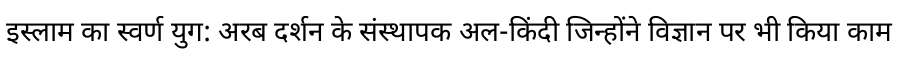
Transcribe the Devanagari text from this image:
इस्लाम का स्वर्ण युग: अरब दर्शन के संस्थापक अल-किंदी जिन्होंने विज्ञान पर भी किया काम